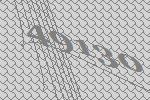
49130